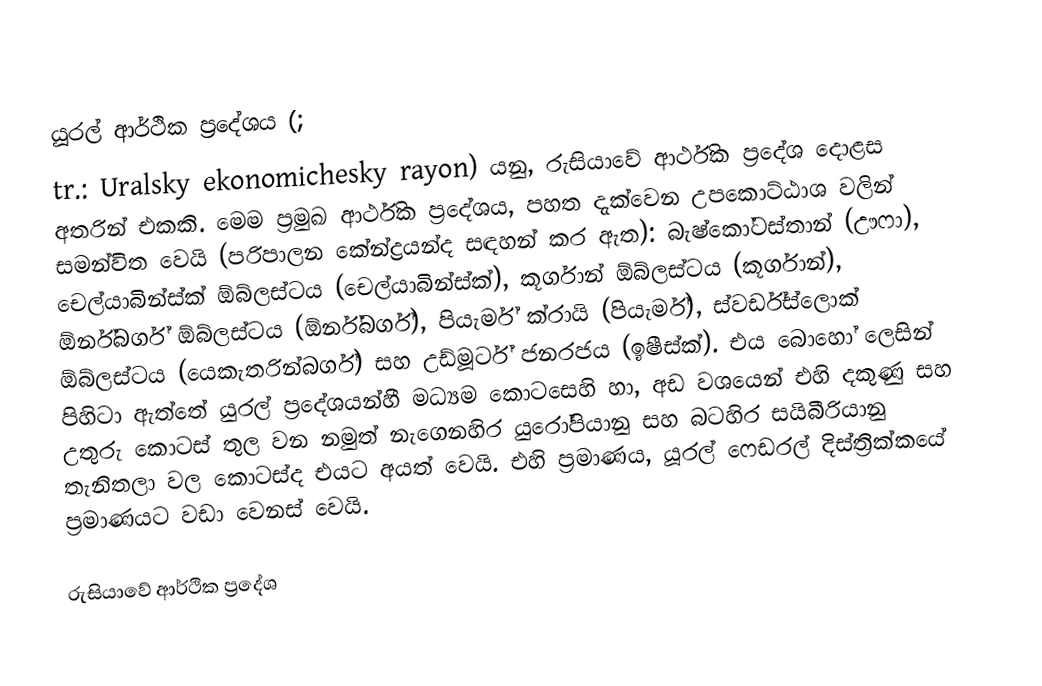
යූරල් ආර්ථික ප්‍රදේශය (;
tr.: Uralsky ekonomichesky rayon) යනු,  රුසියාවේ ආර්ථික ප්‍රදේශ දොළස අතරින් එකකි.  මෙම ප්‍රමුඛ ආර්ථික ප්‍රදේශය, පහත දැක්වෙන උපකොට්ඨාශ වලින් සමන්විත වෙයි (පරිපාලන කේන්ද්‍රයන්ද සඳහන් කර ඇත): බැෂ්කෝටස්තාන් (ඌෆා), චෙල්යාබින්ස්ක් ඕබ්ලස්ටය (චෙල්යාබින්ස්ක්), කූර්ගාන් ඕබ්ලස්ටය (කූර්ගාන්), ඕර්න්බර්ග් ඕබ්ලස්ටය (ඕර්න්බර්ග්), පියැර්ම් ක්රායි (පියැර්ම්), ස්වර්ඩ්ස්ලොක් ඕබ්ලස්ටය (යෙකැතරින්බර්ග්) සහ  උඩ්මූර්ට් ජනරජය (ඉෂීස්ක්). එය බොහෝ ලෙසින් පිහිටා ඇත්තේ  යුරල් ප්‍රදේශයන්හී මධ්‍යම කොටසෙහි හා, අඩ වශයෙන් එහි  දකුණු  සහ උතුරු කොටස් තුල වන නමුත් නැගෙනහිර යුරෝපියානු සහ බටහිර සයිබීරියානු තැනිතලා වල කොටස්ද එයට අයත් වෙයි. එහි ප්‍රමාණය,  යූරල් ෆෙඩරල් දිස්ත්‍රික්කයේ ප්‍රමාණයට වඩා වෙනස් වෙයි.

රුසියාවේ ආර්ථික ප්‍රදේශ